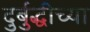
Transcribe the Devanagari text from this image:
दुर्बुद्धीच्या